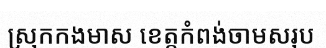
ស្រុកកងមាស ខេត្តកំពង់ចាមសរុប